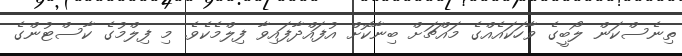
ތިނެސްކަން ލޯބީގެ ވާހަކައެއްގެ މައްޗަށް ބިނާކޮށް އުފައްދާފައިވާ ފިލްމެކެވެ. މި ފިލްމުގެ ކާސްޓުންގެ